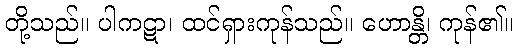
တို့သည်။ ပါကဋာ၊ ထင်ရှားကုန်သည်။ ဟောန္တိ၊ ကုန်၏။